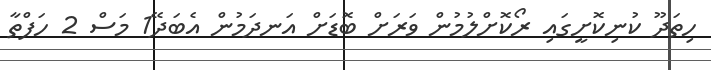
ހިތަދޫ ކުނިކޮށީގައި ރޯކޮށްލުމުން ވަރަށް ބޮޑަށް އަނދަމުން އެބަދޭ1 މަސް 2 ހަފްތާ